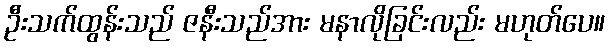
ဦးသက်ထွန်းသည် ဇနီးသည်အား မနာလိုခြင်းလည်း မဟုတ်ပေ။